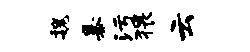
魏暴污猥云